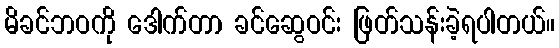
မိခင်ဘဝကို ဒေါက်တာ ခင်ဆွေဝင်း ဖြတ်သန်းခဲ့ရပါတယ်။